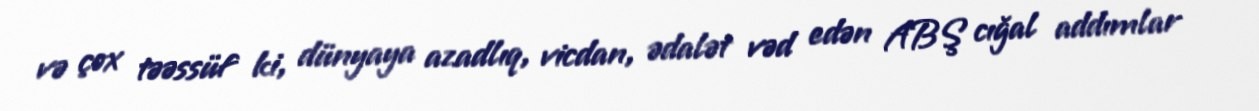
və çox təəssüf ki, dünyaya azadlıq, vicdan, ədalət vəd edən ABŞ cığal addımlar